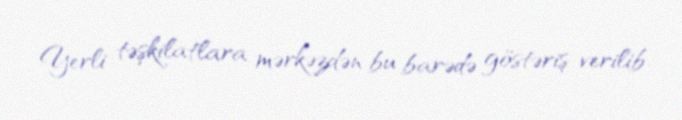
Yerli təşkilatlara mərkəzdən bu barədə göstəriş verilib.